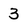
Character: 3